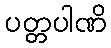
ပတ္တပါဏိ